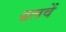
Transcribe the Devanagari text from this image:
ढलवें